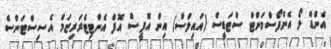
އެންޑް ލޯ އެންފޯސްމަންޓް ސްޓަޑީސް (އައިލްސް) އިން އޮފީސް އޮފް އެންޓިޓެރަރިޒަމް އެސިސްޓަންސް